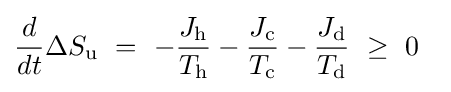
{\frac {d}{dt}}\Delta {S}_{\text{u}}~=~-{\frac {{J}_{\text{h}}}{T_{\text{h}}}}-{\frac {{J}_{\text{c}}}{T_{\text{c}}}}-{\frac {{J}_{\text{d}}}{T_{\text{d}}}}~\geq ~0~~